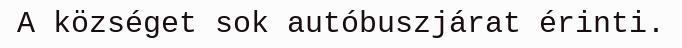
A községet sok autóbuszjárat érinti.